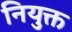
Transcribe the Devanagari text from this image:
नियुक्त